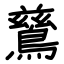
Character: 鶿